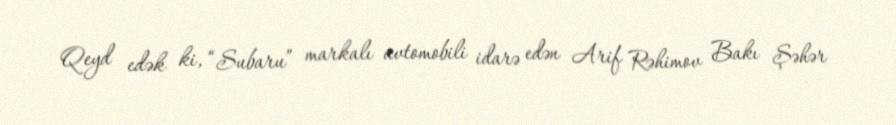
Qeyd edək ki, “Subaru” markalı avtomobili idarə edən Arif Rəhimov Bakı Şəhər